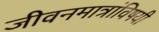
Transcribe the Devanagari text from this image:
जीवनमात्रांविषयी